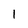
Character: l